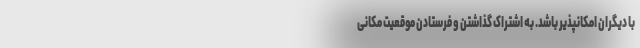
با دیگران امکانپذیر باشد. به اشتراک گذاشتن و فرستادن موقعیت مکانی